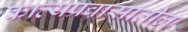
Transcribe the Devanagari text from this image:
काव्यप्रवासातील